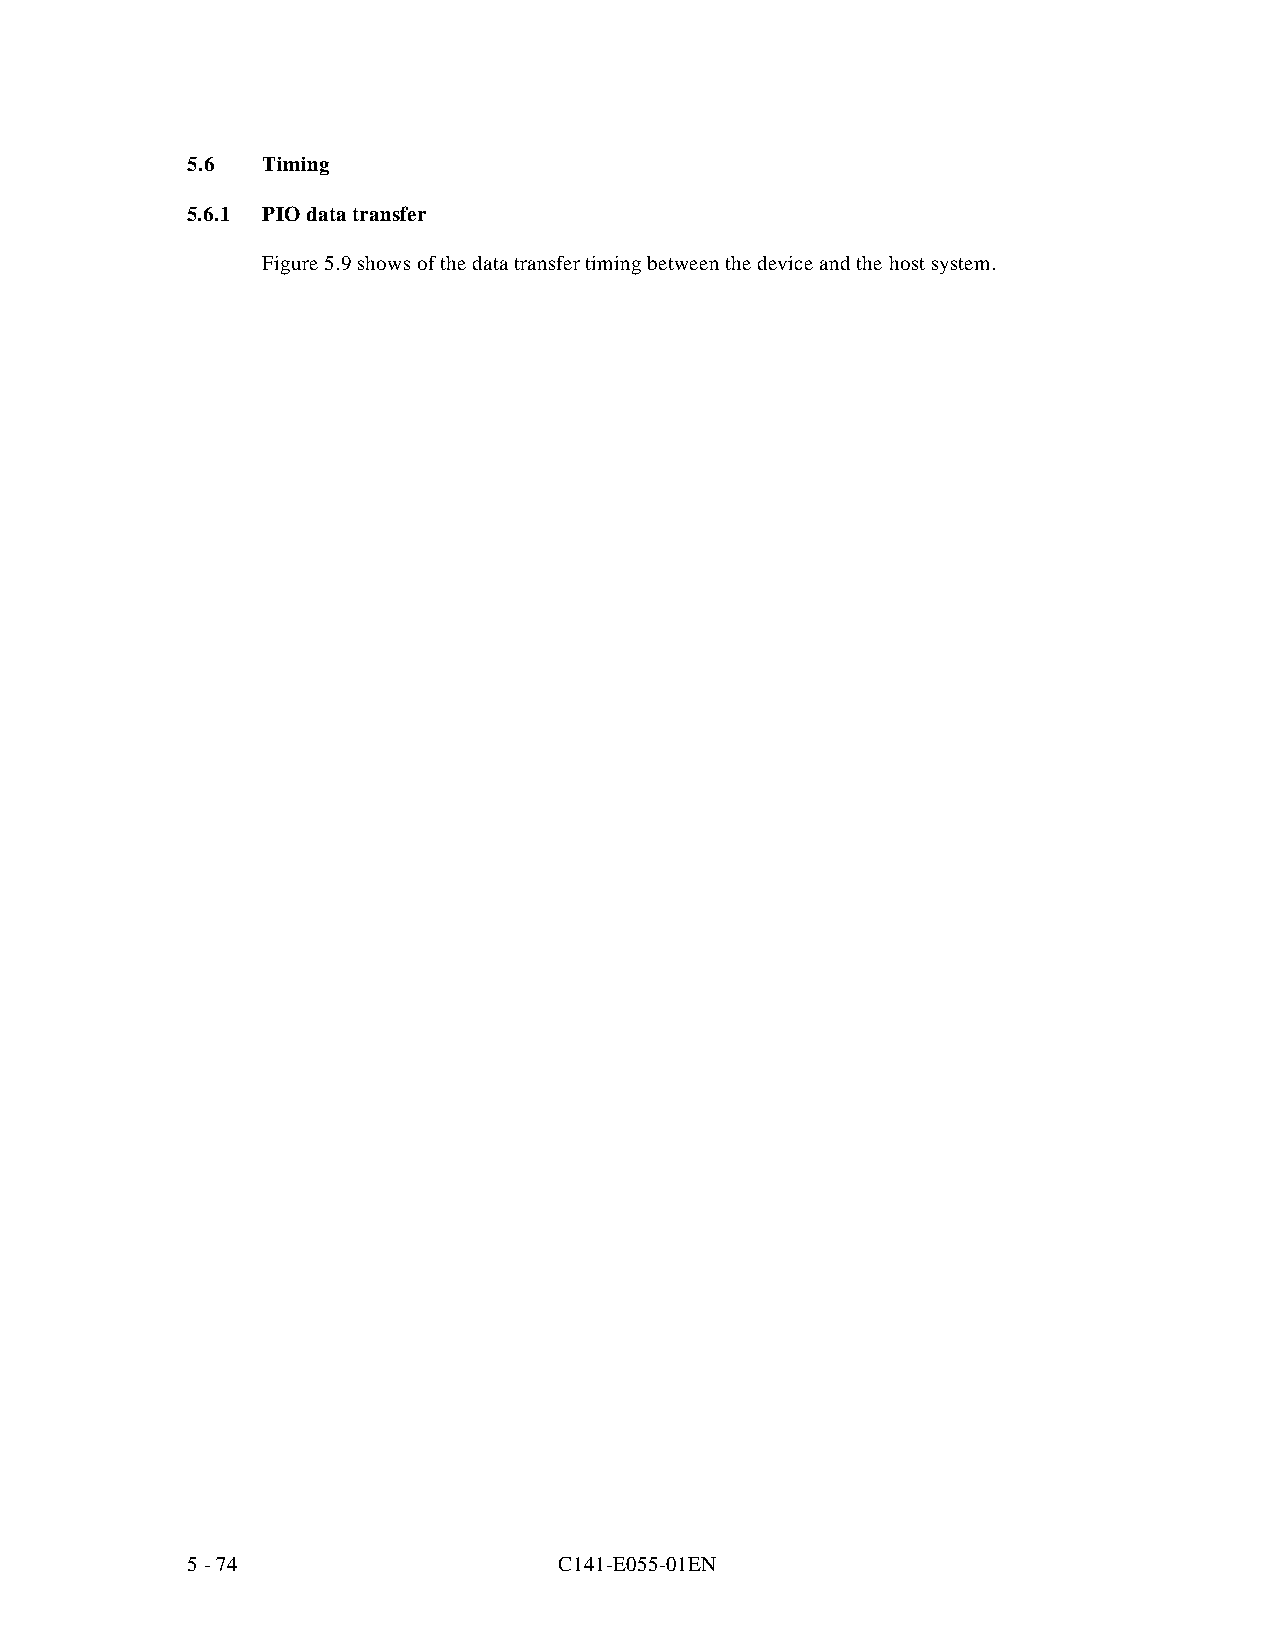
5.6  Timing
 5.6.1 PIO data transfer
 Figure 5.9 shows of the data transfer timing between the device and the host system.
 5 - 74                   C141-E055-01EN